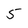
Character: 5